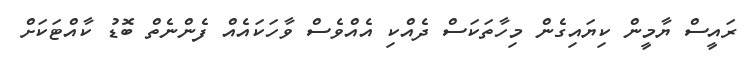
ރައީސް ޔާމީން ކިޔައިގެން މިހާތަކަސް ދެއްކި އެއްވެސް ވާހަކައެއް ފެންނެތް ބޮޑު ކާއްޓަކަށް